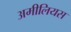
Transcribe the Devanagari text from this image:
अमीलियस